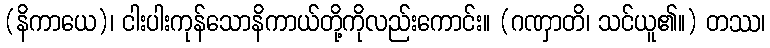
(နိကာယေ)၊ ငါးပါးကုန်သောနိကာယ်တို့ကိုလည်းကောင်း။ (ဂဏှာတိ၊ သင်ယူ၏။) တဿ၊